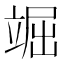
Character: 𥪊